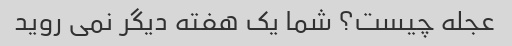
عجله چیست؟ شما یک هفته دیگر نمی روید